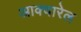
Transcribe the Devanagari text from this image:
आक्वारेल